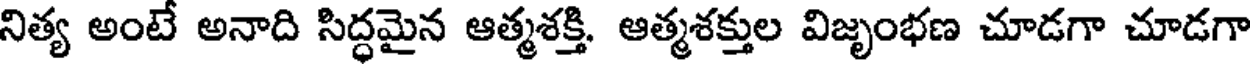
నిత్య అంటే అనాది సిద్ధమైన ఆత్మశక్తి. ఆత్మశక్తుల విజృంభణ చూడగా చూడగా